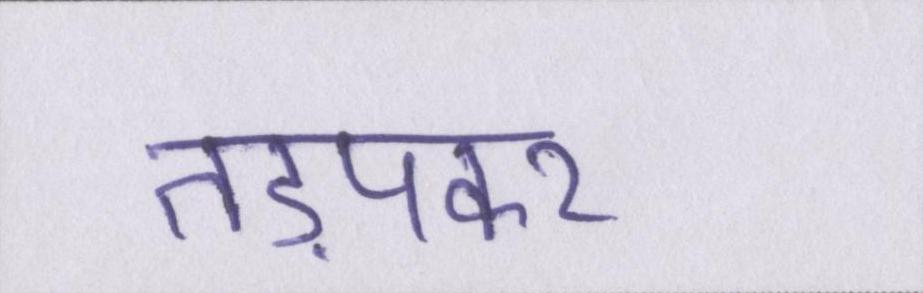
तड़पकर